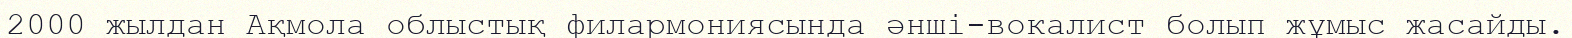
2000 жылдан Ақмола облыстық филармониясында әнші-вокалист болып жұмыс жасайды.